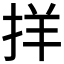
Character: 𪭰